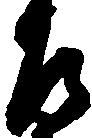
左